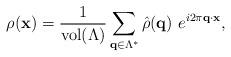
LaTeX: \begin{align*}\rho(\mathbf{x})=\frac{1}{\mathrm{vol}(\Lambda)}\sum_{\mathbf{q}\in\Lambda^*}\hat{\rho}(\mathbf{q})~e^{i 2\pi\mathbf{q}\cdot\mathbf{x}},\end{align*}